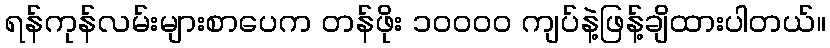
ရန်ကုန်လမ်းများစာပေက တန်ဖိုး ၁၀၀၀၀ ကျပ်နဲ့ဖြန့်ချိထားပါတယ်။